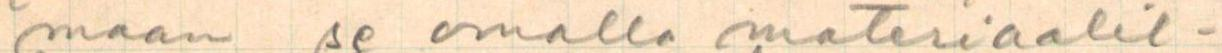
maan se omalla materiaalil-